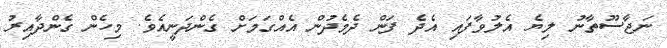
ނަޖާސޫތާނު ލިޔެ އެލުވާފައި އެދެ ފަން ދެމެދުން އެއްގަމަށް ގެންދަނީއެވެ. މިހެން ގެންދާއިރު